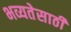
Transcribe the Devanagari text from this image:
भव्यतेसाठी